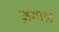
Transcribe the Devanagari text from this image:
ज़गाल